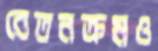
বেতনক্রমও